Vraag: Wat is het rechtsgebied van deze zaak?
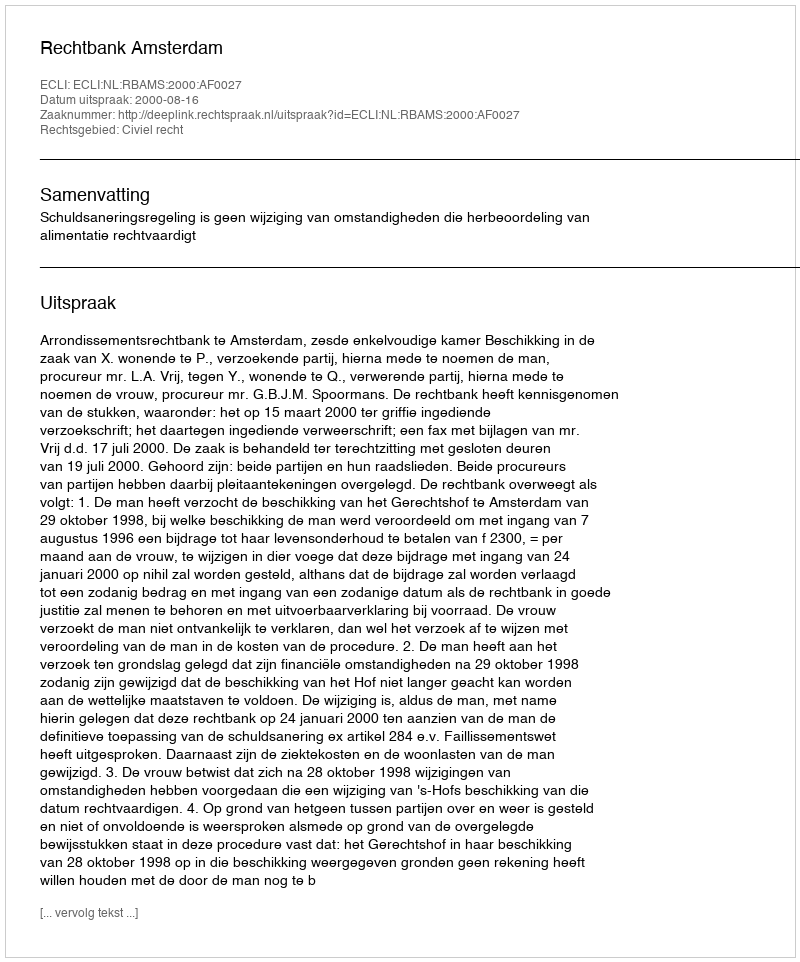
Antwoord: Civiel recht